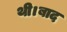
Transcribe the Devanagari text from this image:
थी।बाद